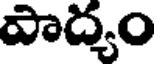
పాద్యం